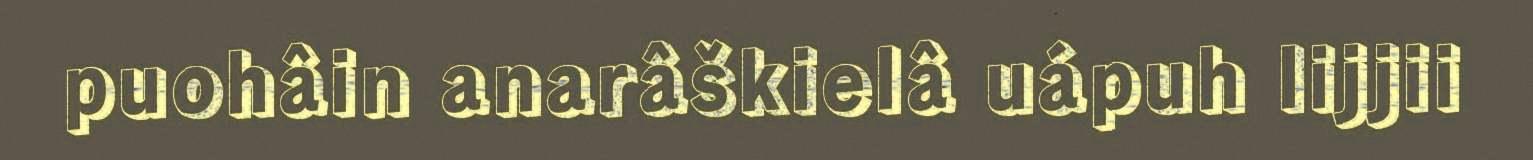
puohâin anarâškielâ uápuh lijjii